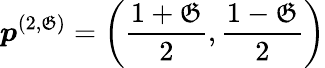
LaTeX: \boldsymbol{p}^{(2,\mathfrak{G})}=\left(\frac{{1+\mathfrak{G}}}{{2}},\frac{{1-\mathfrak{G}}}{{2}}\right)